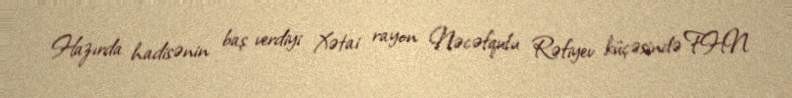
Hazırda hadisənin baş verdiyi Xətai rayon Nəcəfqulu Rəfiyev küçəsində FHN